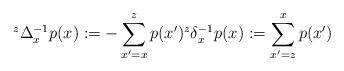
LaTeX: \begin{align*}{^z \Delta^{-1}_x} p(x) := - \sum_{x'=x}^{z} p(x') {^z \delta^{-1}_x} p(x) := \sum_{x'=z}^{x} p(x')\end{align*}